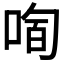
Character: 𱓉